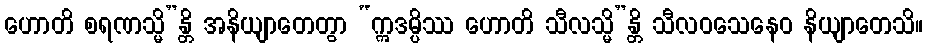
ဟောတိ စရဏသ္မိ”န္တိ အနိယျာတေတွာ “ဣဒမ္ပိဿ ဟောတိ သီလသ္မိ”န္တိ သီလဝသေနေဝ နိယျာတေသိ။